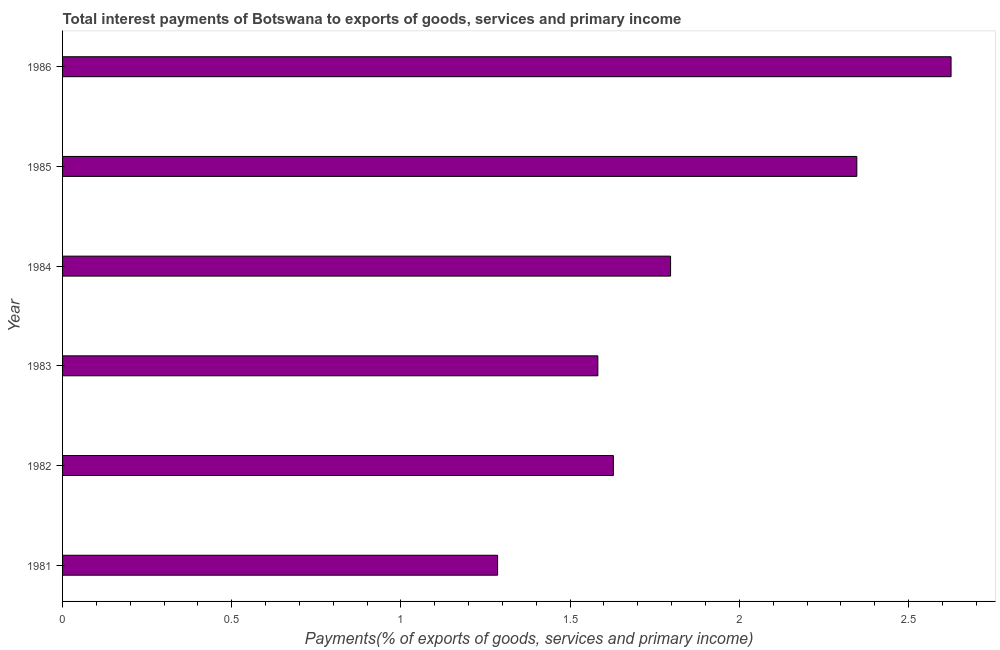
| Year | Interest payments on external debt |
 | --- | --- |
 | 1981 | 1.29 |
 | 1982 | 1.63 |
 | 1983 | 1.58 |
 | 1984 | 1.8 |
 | 1985 | 2.35 |
 | 1986 | 2.63 |